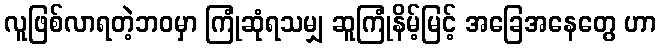
လူဖြစ်လာရတဲ့ဘဝမှာ ကြုံဆုံရသမျှ ဆူကြုံနိမ့်မြင့် အခြေအနေတွေ ဟာ